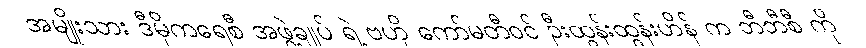
အမျိုးသား ဒီမိုကရေစီ အဖွဲ့ချုပ် ရဲ့ ဗဟို ကော်မတီဝင် ဦးထွန်းထွန်းဟိန် က ဘီဘီစီ ကို